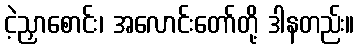
ငဲ့ညှာစောင်း၊ အလောင်းတော်တို့ ဒါနတည်း။